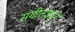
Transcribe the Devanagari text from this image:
संगीतज्ञाने